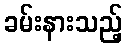
ခမ်းနားသည့်